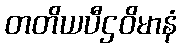
တတိယပီဌဝိမာနံ